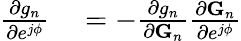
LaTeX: \begin{array}{rl}{{\frac{\partial g_{n}}{\partial e^{j\phi}}}}&{{}=-{\frac{\partial g_{n}}{\partial{\mathbf G}_{n}}}{\frac{\partial{\mathbf G}_{n}}{\partial e^{j\phi}}}}\end{array}